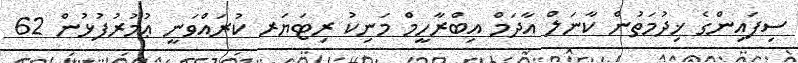
ސިފައިންގެ ޚިދުމަތުން ކާނަލް އާދަމް އިބްރާހީމް މަނިކު ރިޓަޔަރ ކުރައްވަނީ ޢުމުރުފުޅުން 62